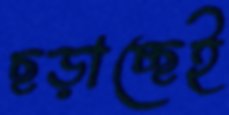
ছড়াচ্ছেই